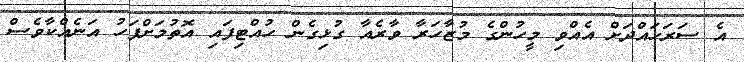
އެ ސަރަހައްދަށް އެއްވި މީހުންގެ މުޒާހަރާ ވާރެއާ ގުޅިގެން ހުއްޓިފައި އޮތުމަށްފަހު އަނެއްކާވެސް